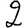
Digit: 2